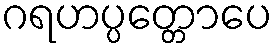
ဂရဟပ္ပတ္တောပေ